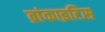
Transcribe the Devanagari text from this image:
ब्रांकाइटिस